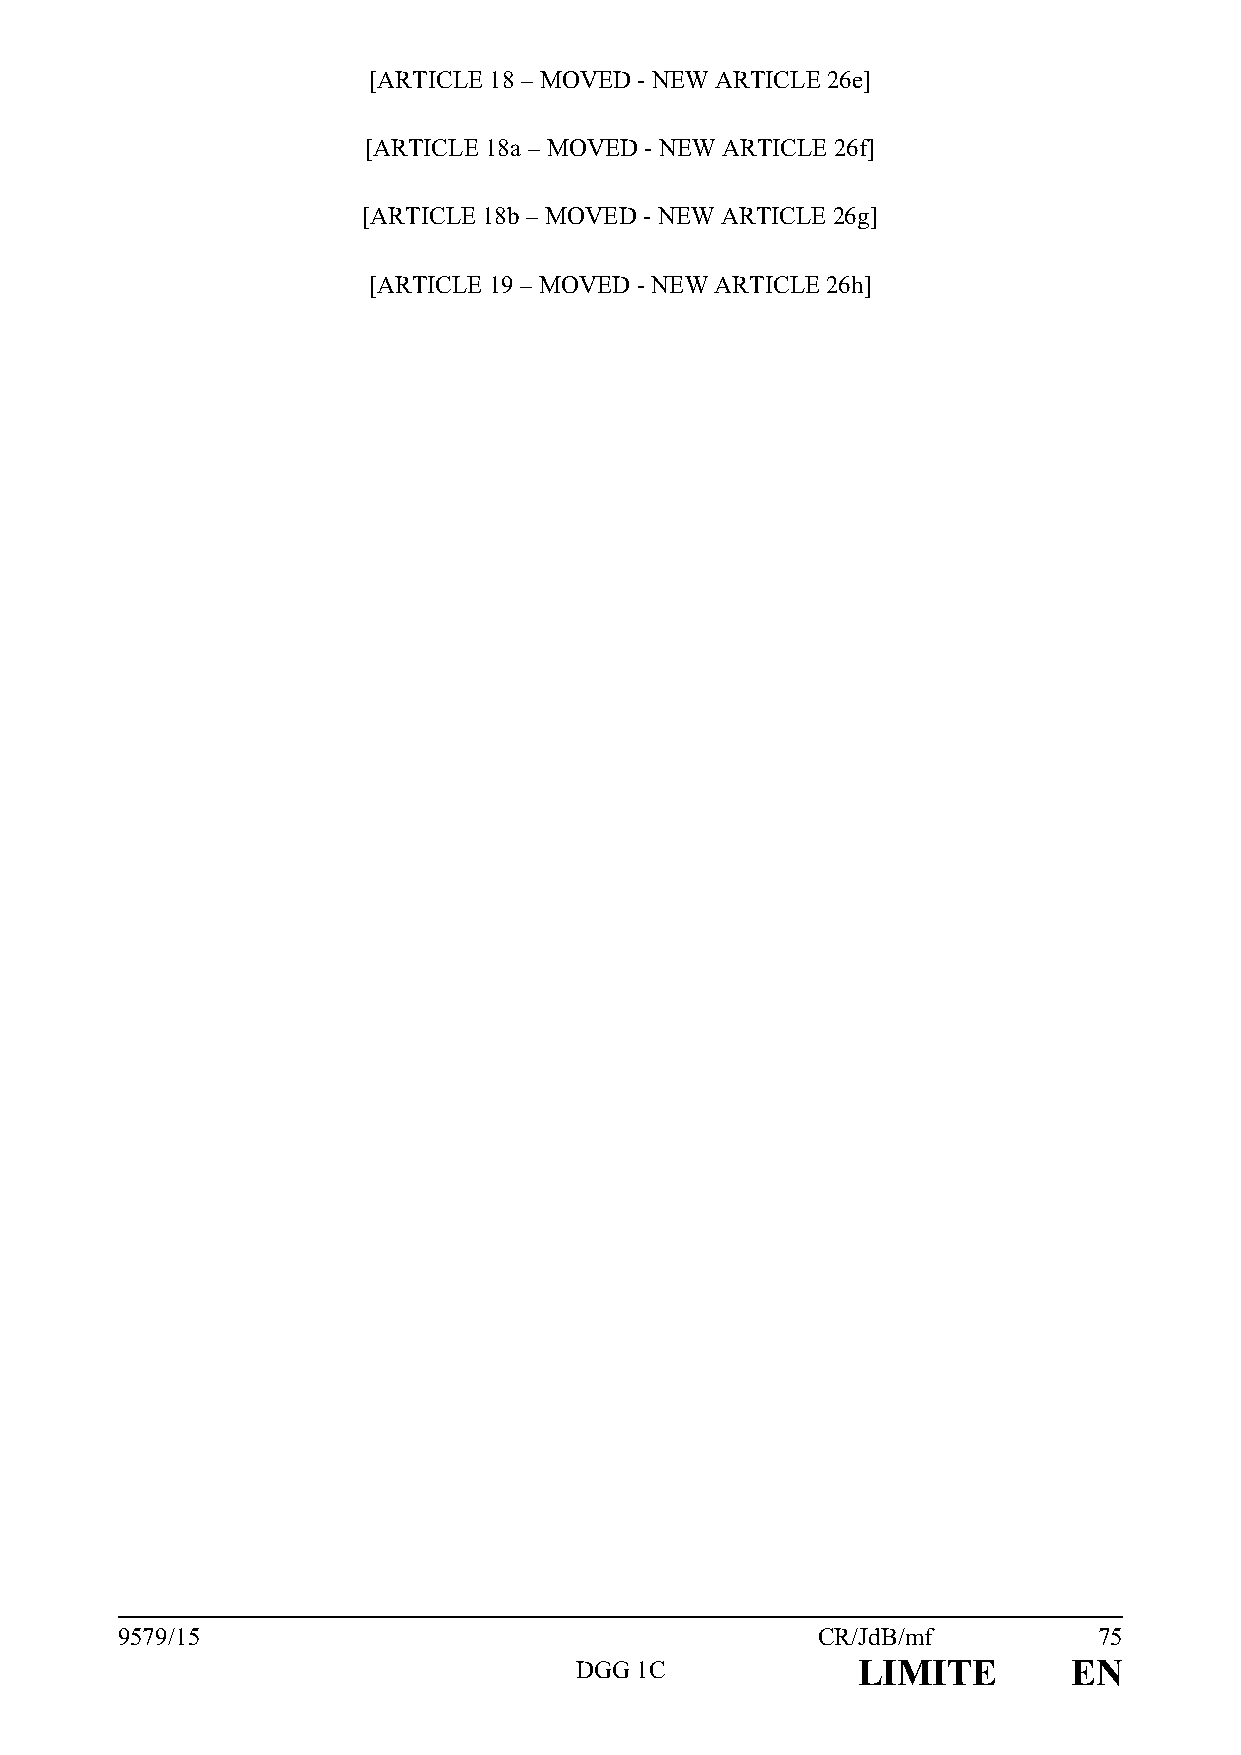
[ARTICLE 18 – MOVED - NEW ARTICLE 26e]
 [ARTICLE 18a – MOVED - NEW ARTICLE 26f]
 [ARTICLE 18b – MOVED - NEW ARTICLE 26g]
 [ARTICLE 19 – MOVED - NEW ARTICLE 26h]
 9579/15                                       CR/JdB/mf          75
 DGG 1C             LIMITE        EN